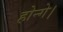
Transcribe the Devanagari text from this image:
होन्गे।